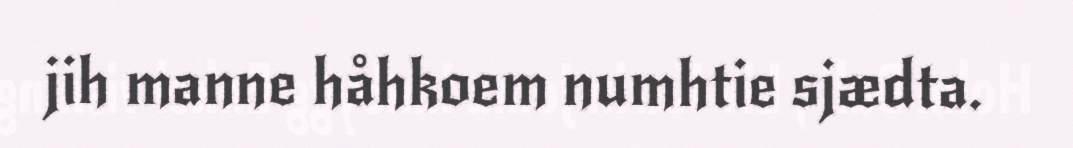
jih manne håhkoem numhtie sjædta.